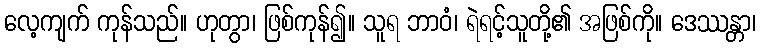
လေ့ကျက် ကုန်သည်။ ဟုတွာ၊ ဖြစ်ကုန်၍။ သူရ ဘာဝံ၊ ရဲရင့်သူတို့၏ အဖြစ်ကို။ ဒေဿန္တာ၊